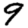
Digit: 9